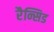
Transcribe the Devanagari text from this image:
रैन्सिड